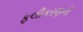
ફલીકરણની